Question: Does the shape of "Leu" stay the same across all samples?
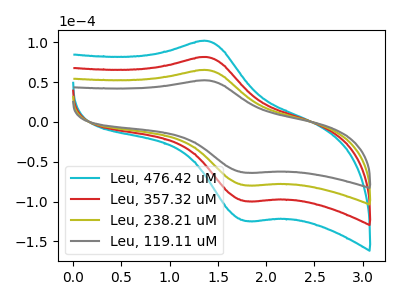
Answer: <think>The cyan curve "Leu, 476.42 uM" has an anodic peak at (1.40V, 195.00uA) and a cathodic peak at (1.80V, -238.85uA). The red curve "Leu, 357.32 uM" has an anodic peak at (1.40V, 130.00uA) and a cathodic peak at (1.80V, -159.20uA). The olive curve "Leu, 238.21 uM" has an anodic peak at (1.40V, 65.00uA) and a cathodic peak at (1.80V, -79.60uA). The gray curve "Leu, 119.11 uM" has an anodic peak at (1.40V, 52.00uA) and a cathodic peak at (1.80V, -63.70uA).
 All the peaks in "Leu, 476.42 uM" have a peak in "Leu, 357.32 uM" at the same potential. Every peak in "Leu, 476.42 uM" is higher than every peak in "Leu, 357.32 uM". All the peaks in "Leu, 476.42 uM" have a peak in "Leu, 238.21 uM" at the same potential. Every peak in "Leu, 476.42 uM" is higher than every peak in "Leu, 238.21 uM". All the peaks in "Leu, 476.42 uM" have a peak in "Leu, 119.11 uM" at the same potential. Every peak in "Leu, 476.42 uM" is higher than every peak in "Leu, 119.11 uM". All the peaks in "Leu, 357.32 uM" have a peak in "Leu, 238.21 uM" at the same potential. Every peak in "Leu, 357.32 uM" is higher than every peak in "Leu, 238.21 uM". All the peaks in "Leu, 357.32 uM" have a peak in "Leu, 119.11 uM" at the same potential. Every peak in "Leu, 357.32 uM" is higher than every peak in "Leu, 119.11 uM". All the peaks in "Leu, 238.21 uM" have a peak in "Leu, 119.11 uM" at the same potential. Every peak in "Leu, 238.21 uM" is higher than every peak in "Leu, 119.11 uM".</think>
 <answer>All the CV's of "Leu" have similar shape.</answer>
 <eval>follow_rule</eval>